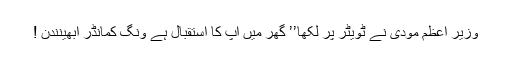
وزیر اعظم مودی نے ٹویٹر پر لکھا’’ گھر میں آپ کا استقبال ہے ونگ کمانڈر ابھینندن !